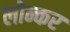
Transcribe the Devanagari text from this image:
लोन्कर